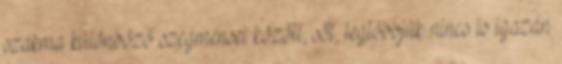
szakma különböző szegmensei között, sőt, legtöbbjük nincs is igazán